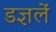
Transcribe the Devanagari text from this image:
डज्ञलें